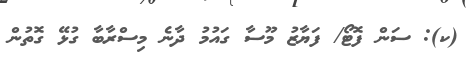
(ކ): ސަން ފޮޓޯ/ ފަޔާޒު މޫސާ ގައުމު ދާނެ މިސްރާބާ ގުޅޭ ގޮތުން